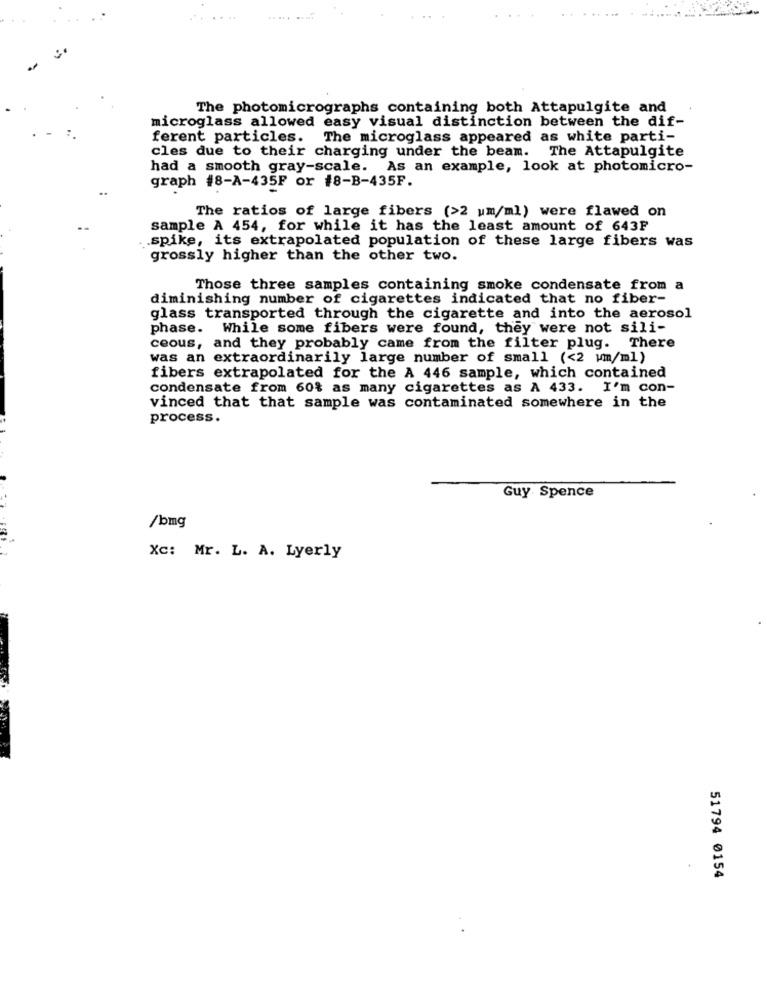
...
The photomicrographs containing both Attapulgite and
microglass allowed easy visual distinction between the dif-
ferent particles. The microglass appeared as white parti-
cles due to their charging under the beam. The Attapulgite
had a smooth gray-scale. As an example, look at photomicro-
graph #8-A-435F or #8-B-435F.
The ratios of large fibers (>2 um/ml) were flawed on
sample A 454, for while it has the least amount of 643F
.spike, its extrapolated population of these large fibers was
grossly higher than the other two.
Those three samples containing smoke condensate from a
diminishing number of cigarettes indicated that no fiber-
glass transported through the cigarette and into the aerosol
phase. While some fibers were found, they were not sili-
ceous, and they probably came from the filter plug. There
was an extraordinarily large number of small (<2 wm/ml)
fibers extrapolated for the A 446 sample, which contained
condensate from 60% as many cigarettes as A 433. I'm con-
vinced that that sample was contaminated somewhere in the
process.
Guy Spence
/bmg
Xc: Mr. L. A. Lyerly
51794 0154